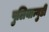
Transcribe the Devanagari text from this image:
पुलियान्गुडी